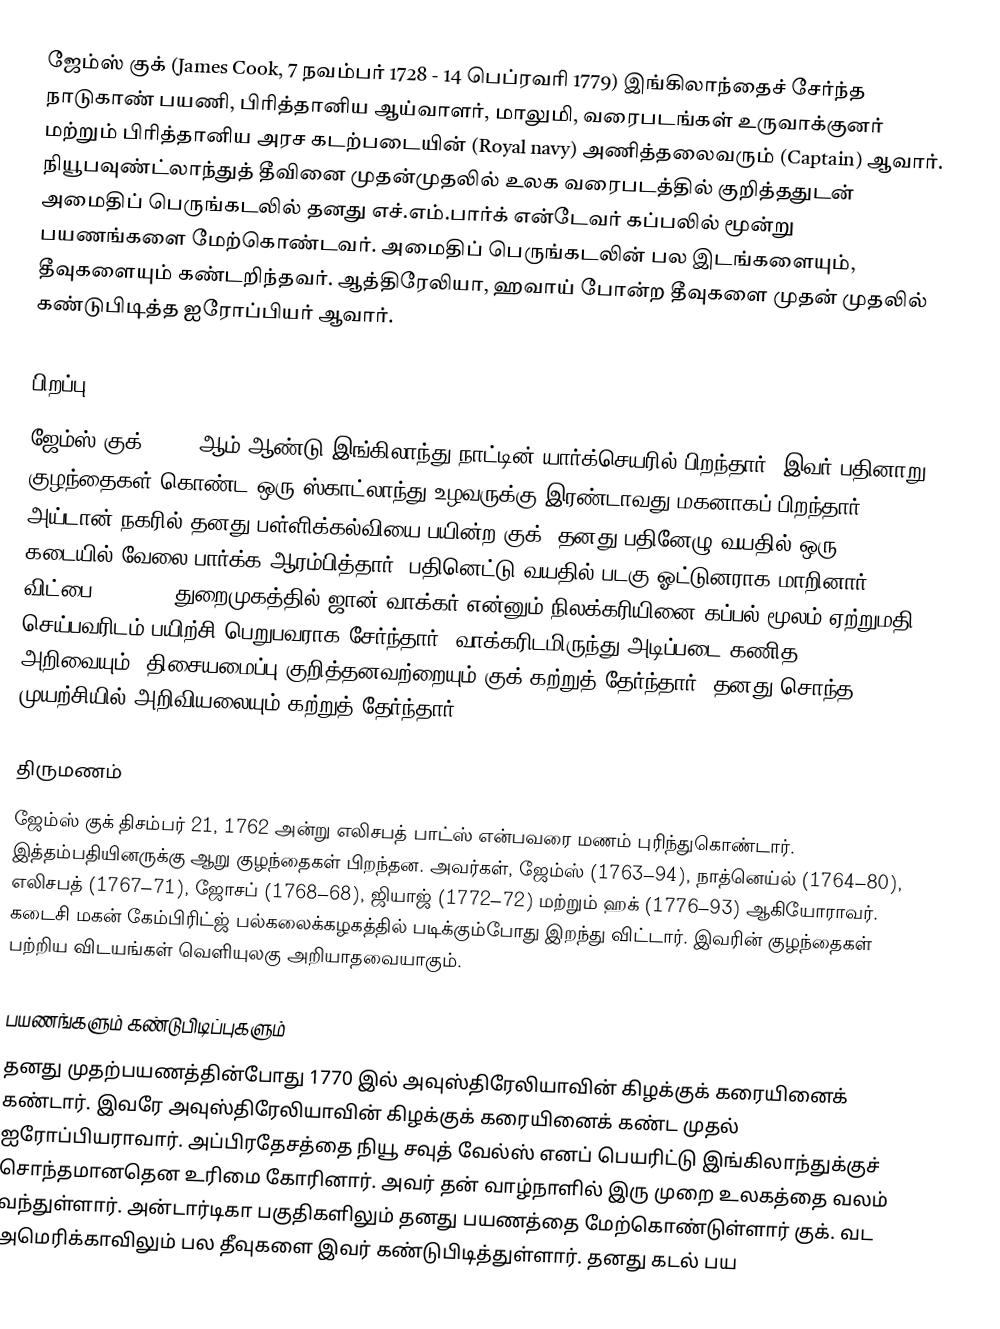
ஜேம்ஸ் குக் (James Cook, 7 நவம்பர் 1728 - 14 பெப்ரவரி 1779) இங்கிலாந்தைச் சேர்ந்த நாடுகாண் பயணி, பிரித்தானிய ஆய்வாளர், மாலுமி, வரைபடங்கள் உருவாக்குனர் மற்றும் பிரித்தானிய அரச கடற்படையின் (Royal navy) அணித்தலைவரும் (Captain) ஆவார். நியூபவுண்ட்லாந்துத் தீவினை முதன்முதலில் உலக வரைபடத்தில் குறித்ததுடன் அமைதிப் பெருங்கடலில் தனது  எச்.எம்.பார்க் என்டேவர் கப்பலில்  மூன்று பயணங்களை மேற்கொண்டவர். அமைதிப் பெருங்கடலின்  பல இடங்களையும், தீவுகளையும் கண்டறிந்தவர். ஆத்திரேலியா, ஹவாய் போன்ற தீவுகளை முதன் முதலில் கண்டுபிடித்த ஐரோப்பியர் ஆவார்.

பிறப்பு
ஜேம்ஸ் குக் 1728- ஆம் ஆண்டு இங்கிலாந்து நாட்டின் யார்க்செயரில் பிறந்தார். இவர் பதினாறு குழந்தைகள் கொண்ட ஒரு ஸ்காட்லாந்து உழவருக்கு இரண்டாவது மகனாகப் பிறந்தார். அய்டான் நகரில் தனது பள்ளிக்கல்வியை பயின்ற குக், தனது பதினேழு வயதில் ஒரு கடையில் வேலை பார்க்க ஆரம்பித்தார். பதினெட்டு வயதில் படகு ஓட்டுனராக மாறினார். விட்பை (Whitby) துறைமுகத்தில் ஜான் வாக்கர் என்னும் நிலக்கரியினை கப்பல் மூலம் ஏற்றுமதி செய்பவரிடம் பயிற்சி பெறுபவராக சேர்ந்தார். வாக்கரிடமிருந்து அடிப்படை கணித அறிவையும், திசையமைப்பு குறித்தனவற்றையும் குக் கற்றுத் தேர்ந்தார். தனது சொந்த முயற்சியில் அறிவியலையும் கற்றுத் தேர்ந்தார்.

திருமணம்
ஜேம்ஸ் குக்  திசம்பர் 21, 1762 அன்று எலிசபத் பாட்ஸ் என்பவரை மணம் புரிந்துகொண்டார். இத்தம்பதியினருக்கு ஆறு குழந்தைகள் பிறந்தன. அவர்கள், ஜேம்ஸ் (1763–94), நாத்னெய்ல்  (1764–80), எலிசபத் (1767–71), ஜோசப் (1768–68), ஜியாஜ் (1772–72) மற்றும் ஹக் (1776–93) ஆகியோராவர். கடைசி மகன் கேம்பிரிட்ஜ் பல்கலைக்கழகத்தில் படிக்கும்போது இறந்து விட்டார். இவரின் குழந்தைகள் பற்றிய விடயங்கள் வெளியுலகு அறியாதவையாகும்.

பயணங்களும் கண்டுபிடிப்புகளும்
தனது முதற்பயணத்தின்போது 1770 இல் அவுஸ்திரேலியாவின் கிழக்குக் கரையினைக் கண்டார். இவரே அவுஸ்திரேலியாவின் கிழக்குக் கரையினைக் கண்ட முதல் ஐரோப்பியராவார். அப்பிரதேசத்தை நியூ சவுத் வேல்ஸ் எனப் பெயரிட்டு இங்கிலாந்துக்குச் சொந்தமானதென உரிமை கோரினார். அவர் தன் வாழ்நாளில் இரு முறை உலகத்தை வலம் வந்துள்ளார். அன்டார்டிகா பகுதிகளிலும் தனது பயணத்தை மேற்கொண்டுள்ளார் குக். வட அமெரிக்காவிலும் பல தீவுகளை இவர் கண்டுபிடித்துள்ளார். தனது கடல் பய